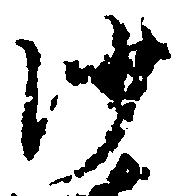
沙